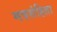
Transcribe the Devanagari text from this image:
मत्रसंहिता